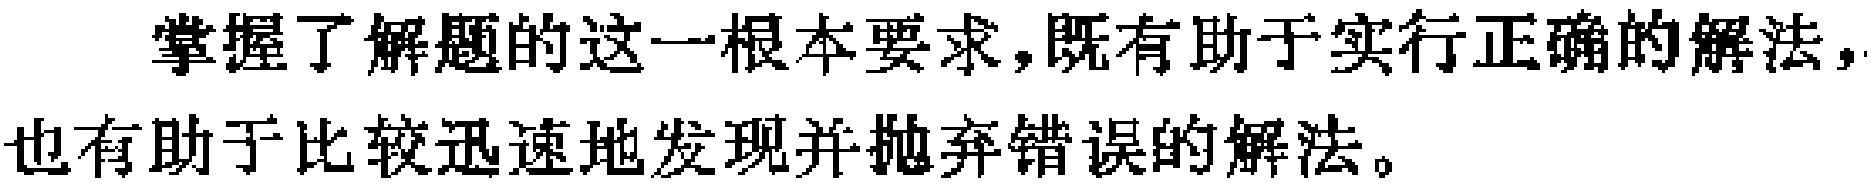
掌握了解题的这一根本要求，既有助于实行正确的解法，也有助于比较迅速地发现并抛弃错误的解法。